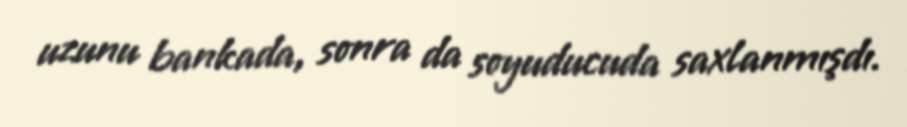
uzunu bankada, sonra da soyuducuda saxlanmışdı.